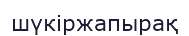
шүкіржапырақ